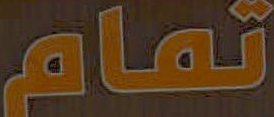
تمام